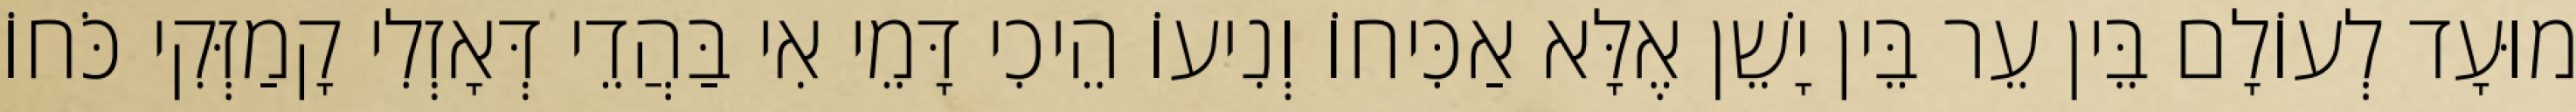
מוּעָד לְעוֹלָם בֵּין עֵר בֵּין יָשֵׁן אֶלָּא אַכִּיחוֹ וְנִיעוֹ הֵיכִי דָּמֵי אִי בַּהֲדֵי דְּאָזְלִי קָמַזְּקִי כֹּחוֹ